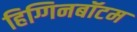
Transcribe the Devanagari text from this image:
हिग्गिनबॉटम